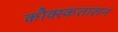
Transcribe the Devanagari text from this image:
कौक्स्कतालन